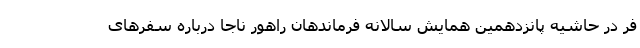
فر در حاشیه پانزدهمین همایش سالانه فرماندهان راهور ناجا درباره سفرهای